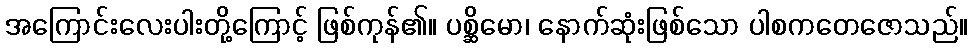
အကြောင်းလေးပါးတို့ကြောင့် ဖြစ်ကုန်၏။ ပစ္ဆိမော၊ နောက်ဆုံးဖြစ်သော ပါစကတေဇောသည်။